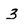
Character: 3